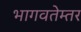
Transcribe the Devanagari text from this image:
भागवतेम्तर